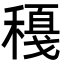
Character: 𥢈